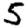
Digit: 5